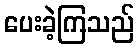
ပေးခဲ့ကြသည်